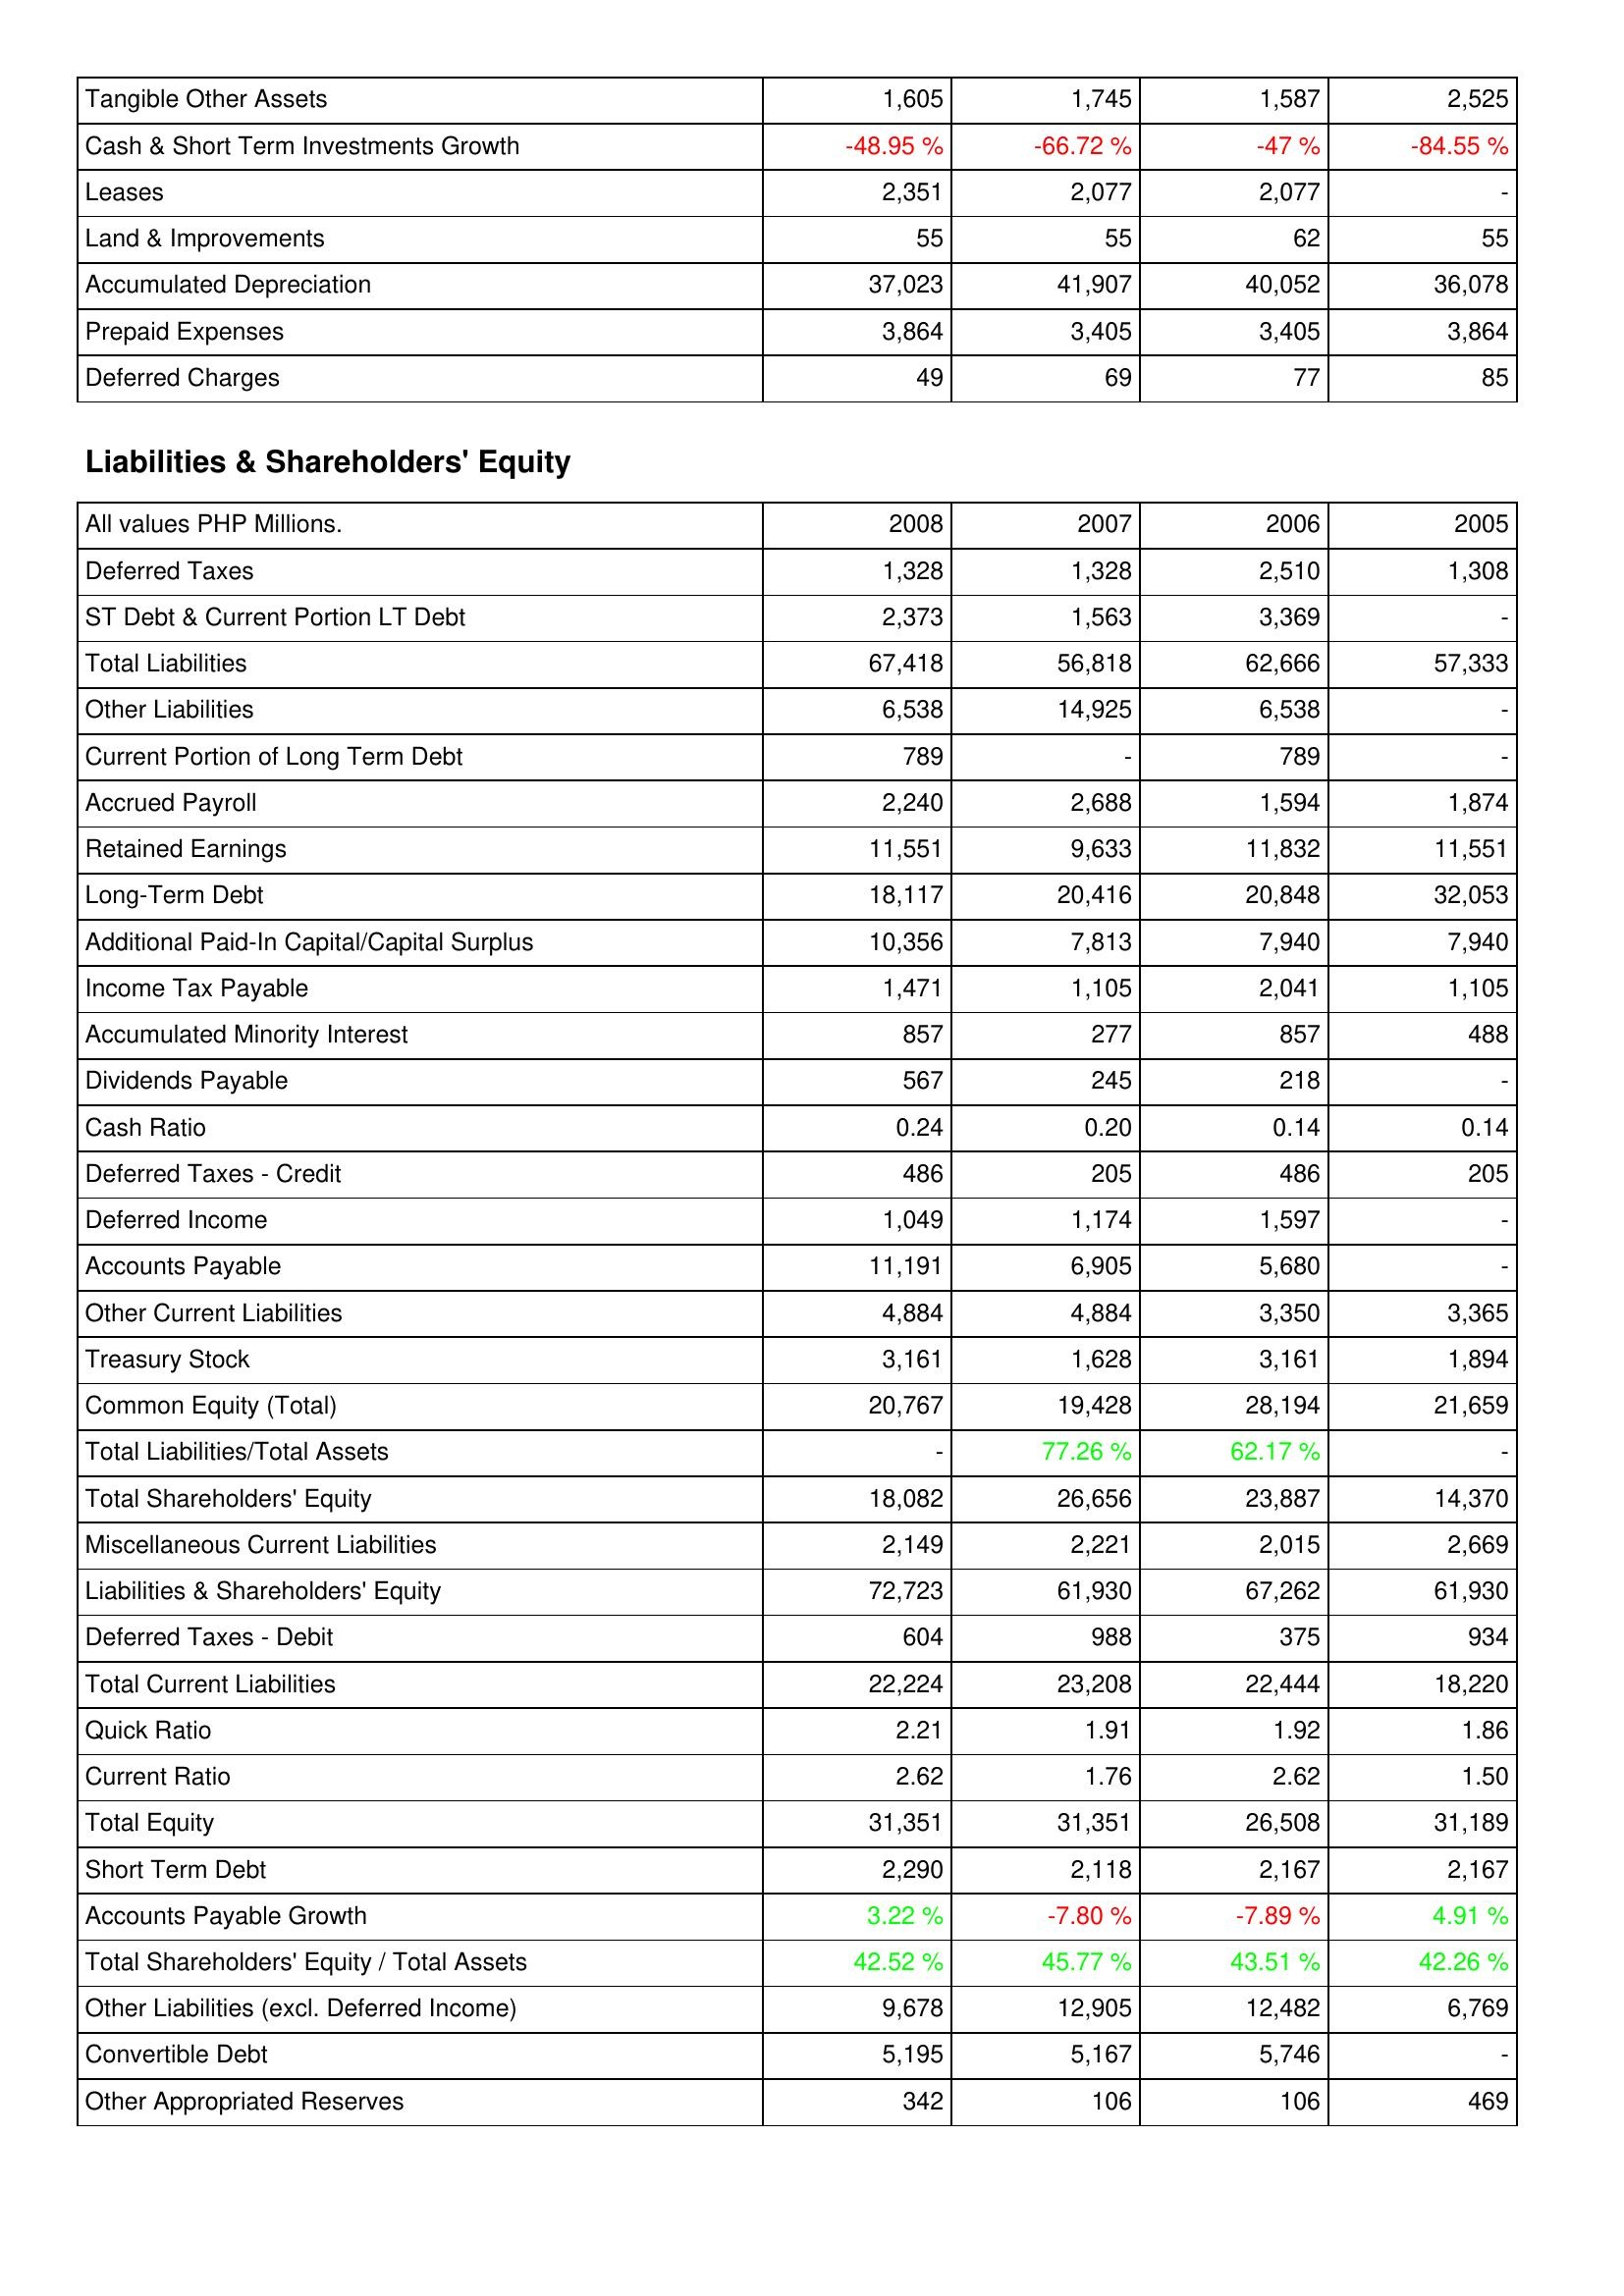
2008: Assets: Tangible Other Assets: 1,605
Cash & Short Term Investments Growth: -48.95 %
Leases: 2,351
Land & Improvements: 55
Accumulated Depreciation: 37,023
Prepaid Expenses: 3,864
Deferred Charges: 49
Liabilities & Shareholders' Equity: Deferred Taxes: 1,328
ST Debt & Current Portion LT Debt: 2,373
Total Liabilities: 67,418
Other Liabilities: 6,538
Current Portion of Long Term Debt: 789
Accrued Payroll: 2,240
Retained Earnings: 11,551
Long-Term Debt: 18,117
Additional Paid-In Capital/Capital Surplus: 10,356
Income Tax Payable: 1,471
Accumulated Minority Interest: 857
Dividends Payable: 567
Cash Ratio: 0.24
Deferred Taxes - Credit: 486
Deferred Income: 1,049
Accounts Payable: 11,191
Other Current Liabilities: 4,884
Treasury Stock: 3,161
Common Equity (Total): 20,767
Total Liabilities/Total Assets: -
Total Shareholders' Equity: 18,082
Miscellaneous Current Liabilities: 2,149
Liabilities & Shareholders' Equity: 72,723
Deferred Taxes - Debit: 604
Total Current Liabilities: 22,224
Quick Ratio: 2.21
Current Ratio: 2.62
Total Equity: 31,351
Short Term Debt: 2,290
Accounts Payable Growth: 3.22 %
Total Shareholders' Equity / Total Assets: 42.52 %
Other Liabilities (excl. Deferred Income): 9,678
Convertible Debt: 5,195
Other Appropriated Reserves: 342
2007: Assets: Tangible Other Assets: 1,745
Cash & Short Term Investments Growth: -66.72 %
Leases: 2,077
Land & Improvements: 55
Accumulated Depreciation: 41,907
Prepaid Expenses: 3,405
Deferred Charges: 69
Liabilities & Shareholders' Equity: Deferred Taxes: 1,328
ST Debt & Current Portion LT Debt: 1,563
Total Liabilities: 56,818
Other Liabilities: 14,925
Current Portion of Long Term Debt: -
Accrued Payroll: 2,688
Retained Earnings: 9,633
Long-Term Debt: 20,416
Additional Paid-In Capital/Capital Surplus: 7,813
Income Tax Payable: 1,105
Accumulated Minority Interest: 277
Dividends Payable: 245
Cash Ratio: 0.20
Deferred Taxes - Credit: 205
Deferred Income: 1,174
Accounts Payable: 6,905
Other Current Liabilities: 4,884
Treasury Stock: 1,628
Common Equity (Total): 19,428
Total Liabilities/Total Assets: 77.26 %
Total Shareholders' Equity: 26,656
Miscellaneous Current Liabilities: 2,221
Liabilities & Shareholders' Equity: 61,930
Deferred Taxes - Debit: 988
Total Current Liabilities: 23,208
Quick Ratio: 1.91
Current Ratio: 1.76
Total Equity: 31,351
Short Term Debt: 2,118
Accounts Payable Growth: -7.80 %
Total Shareholders' Equity / Total Assets: 45.77 %
Other Liabilities (excl. Deferred Income): 12,905
Convertible Debt: 5,167
Other Appropriated Reserves: 106
2006: Assets: Tangible Other Assets: 1,587
Cash & Short Term Investments Growth: -47 %
Leases: 2,077
Land & Improvements: 62
Accumulated Depreciation: 40,052
Prepaid Expenses: 3,405
Deferred Charges: 77
Liabilities & Shareholders' Equity: Deferred Taxes: 2,510
ST Debt & Current Portion LT Debt: 3,369
Total Liabilities: 62,666
Other Liabilities: 6,538
Current Portion of Long Term Debt: 789
Accrued Payroll: 1,594
Retained Earnings: 11,832
Long-Term Debt: 20,848
Additional Paid-In Capital/Capital Surplus: 7,940
Income Tax Payable: 2,041
Accumulated Minority Interest: 857
Dividends Payable: 218
Cash Ratio: 0.14
Deferred Taxes - Credit: 486
Deferred Income: 1,597
Accounts Payable: 5,680
Other Current Liabilities: 3,350
Treasury Stock: 3,161
Common Equity (Total): 28,194
Total Liabilities/Total Assets: 62.17 %
Total Shareholders' Equity: 23,887
Miscellaneous Current Liabilities: 2,015
Liabilities & Shareholders' Equity: 67,262
Deferred Taxes - Debit: 375
Total Current Liabilities: 22,444
Quick Ratio: 1.92
Current Ratio: 2.62
Total Equity: 26,508
Short Term Debt: 2,167
Accounts Payable Growth: -7.89 %
Total Shareholders' Equity / Total Assets: 43.51 %
Other Liabilities (excl. Deferred Income): 12,482
Convertible Debt: 5,746
Other Appropriated Reserves: 106
2005: Assets: Tangible Other Assets: 2,525
Cash & Short Term Investments Growth: -84.55 %
Leases: -
Land & Improvements: 55
Accumulated Depreciation: 36,078
Prepaid Expenses: 3,864
Deferred Charges: 85
Liabilities & Shareholders' Equity: Deferred Taxes: 1,308
ST Debt & Current Portion LT Debt: -
Total Liabilities: 57,333
Other Liabilities: -
Current Portion of Long Term Debt: -
Accrued Payroll: 1,874
Retained Earnings: 11,551
Long-Term Debt: 32,053
Additional Paid-In Capital/Capital Surplus: 7,940
Income Tax Payable: 1,105
Accumulated Minority Interest: 488
Dividends Payable: -
Cash Ratio: 0.14
Deferred Taxes - Credit: 205
Deferred Income: -
Accounts Payable: -
Other Current Liabilities: 3,365
Treasury Stock: 1,894
Common Equity (Total): 21,659
Total Liabilities/Total Assets: -
Total Shareholders' Equity: 14,370
Miscellaneous Current Liabilities: 2,669
Liabilities & Shareholders' Equity: 61,930
Deferred Taxes - Debit: 934
Total Current Liabilities: 18,220
Quick Ratio: 1.86
Current Ratio: 1.50
Total Equity: 31,189
Short Term Debt: 2,167
Accounts Payable Growth: 4.91 %
Total Shareholders' Equity / Total Assets: 42.26 %
Other Liabilities (excl. Deferred Income): 6,769
Convertible Debt: -
Other Appropriated Reserves: 469